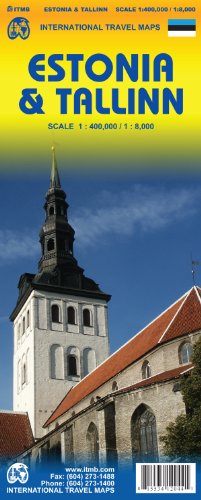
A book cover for Estonia 1:400,000 & Tallinn 1:8,000 Travel Map; ITM Canada; Travel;